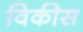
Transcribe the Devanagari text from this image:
विकीस